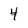
Character: 4